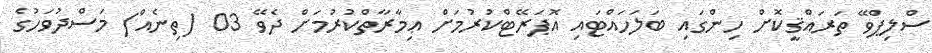
ސްލިޕްވޭ ތަރައްޤީކޮށް ހިންގައި ބަލަހައްޓައި އޮޕަރޭޓްކުރުމަށް ޢިމާރާތްކުރުމަށް ދެވޭ 03 (ތިނެއް) މަސްދުވަހުގެ